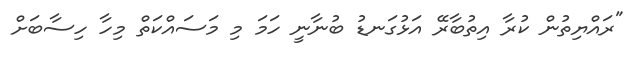
"ރައްޔިތުން ކުރާ އިތުބާރޭ އަޅުގަނޑު ބުނާނީ ހަމަ މި މަސައްކަތް މިހާ ހިސާބަށް